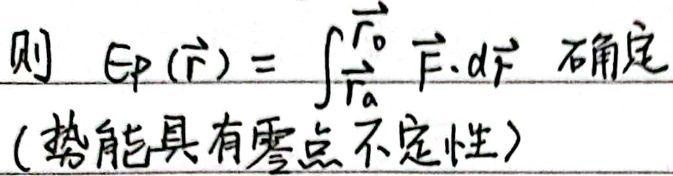
则 \(E_p(\vec{r}) = \int_{\vec{r}_a}^{\vec{r}_0} \vec{F} \cdot d\vec{r} \) 确定。
(势能具有零点不定性)